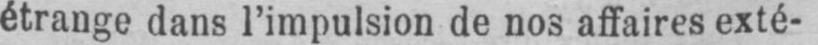
étrange dans l’impulsion de nos affaires exté-